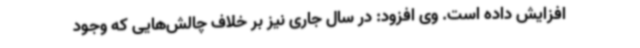
افزایش داده است. وی افزود: در سال جاری نیز بر خلاف چالش‌هایی که وجود